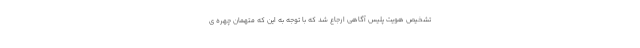
تشخیص هویت پلیس آگاهی ارجاع شد که با توجه به این که متهمان چهره ی